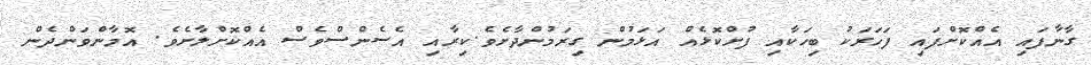
ގާނާފައި އެއްކޮށްފައި ފަހަރަކު ބިހަކާއި ފުށްކޮޅެއް އަޅަމުން ގިރަމުންދާށެވެ.ކިރާއި އެސެންސްވެސް އެއްކޮށްލާށެވެ. އޮމާންވަންދެން